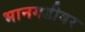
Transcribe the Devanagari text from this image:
भानगडीवर